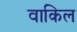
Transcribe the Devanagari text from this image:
वाकिल